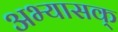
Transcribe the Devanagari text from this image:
अभ्यासक्